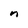
Character: n